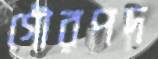
গৌরপদ